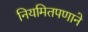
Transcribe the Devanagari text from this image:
नियमितपणाने